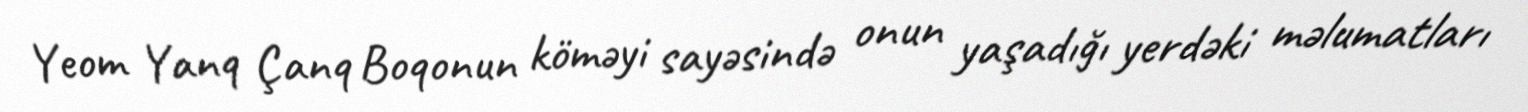
Yeom Yanq Çanq Boqonun köməyi sayəsində onun yaşadığı yerdəki məlumatları